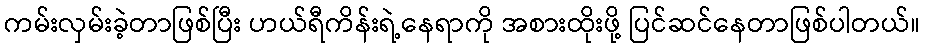
ကမ်းလှမ်းခဲ့တာဖြစ်ပြီး ဟယ်ရီကိန်းရဲ့နေရာကို အစားထိုးဖို့ ပြင်ဆင်နေတာဖြစ်ပါတယ်။